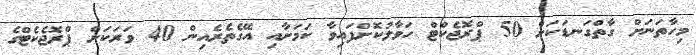
މިހާތަނަށް ގާތްގަނޑަކަށް 50 ޕްރޮޖެކްޓް ހަވާލުކޮށްފައިވާ ކަމަށާއި އޭގެތެރެއިން 40 ވަރަކަށް ޕްރޮޖެކެޓްގެ